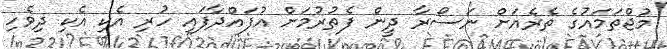
މުޖްތަމައުގެ ތެރެއަށް ނަސޯރާ ދީން ފެތުރުމަށް އުފައްދާފައި ހުރި އެކި އެކި ދިވެހި